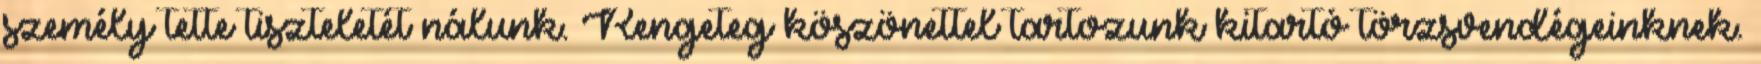
személy tette tiszteletét nálunk. Rengeteg köszönettel tartozunk kitartó törzsvendégeinknek.